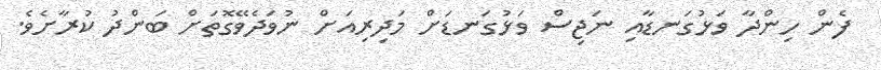
ފެން ހިންދާ ވަޅުގަނޑާއި ނަޖިސް ވަޅުގަނޑަށް މަދިރިއަށް ނުވަދެވޭގޮތަށް ބަންދު ކުރާށެވެ.